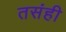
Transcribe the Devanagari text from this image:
तसंही